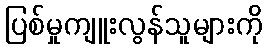
ပြစ်မှုကျူးလွန်သူများကို